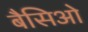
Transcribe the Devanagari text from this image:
बैसिओ